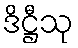
ဒိဋ္ဌီသု